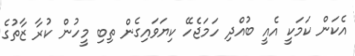
އެކަން ކަމަކީ އެއީ ބުއްދި ހަމަޖެހޭ ކިޔަވައިގެން ތިބި މީހުން ކުރާ ޒާތުގެ